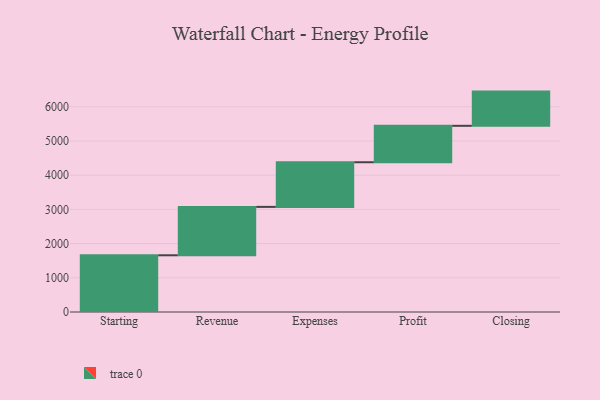
{"axis": {"x": "Step", "y": "Value"}, "legend": [""], "data": [{"x": "Starting", "y": 1658.0, "type": ""}, {"x": "Revenue", "y": 1415.0, "type": ""}, {"x": "Expenses", "y": 1305.0, "type": ""}, {"x": "Profit", "y": 1065.0, "type": ""}, {"x": "Closing", "y": 1000, "type": ""}]}